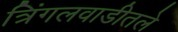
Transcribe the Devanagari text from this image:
त्रिंगलवाडीतले